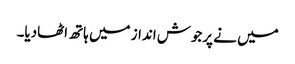
میں نے پرجوش انداز میں ہاتھ اٹھادیا۔